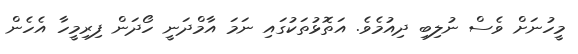
މީހުނަށް ވެސް ނުލިބި ދިއުމެވެ. އަތޮޅުތަކުގައި ނަމަ އާމްދަނީ ހޯދަން ފިރިމީހާ އެހެން